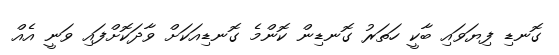
ގޮނޑި ފިޔަވައި ބާކީ ހަތަރު ގޮނޑިން ކޮންމެ ގޮނޑިއަކަށް ވާދަކޮށްފައި ވަނީ އެއް